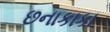
છનાકાકા